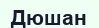
Дюшан